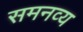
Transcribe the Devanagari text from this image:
समनव्य